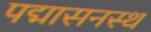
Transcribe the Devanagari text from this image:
पद्मासनस्थ